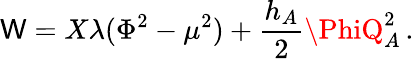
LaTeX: \mathsf{W}=X\lambda(\Phi^{2}-\mu^{2})+{\frac{{h_{A}}}{{2}}}\PhiQ_{A}^{2}\, .